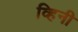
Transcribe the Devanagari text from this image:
व्हिनी